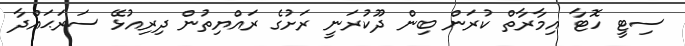
ސިޓީ ހޮޓާ އިމާރާތް ކުރަން ބިން ދޫކުރަނީ ރަށުގެ ރައްޔިތުން ދިރިއުޅޭ ސަރަަޙައްދާ